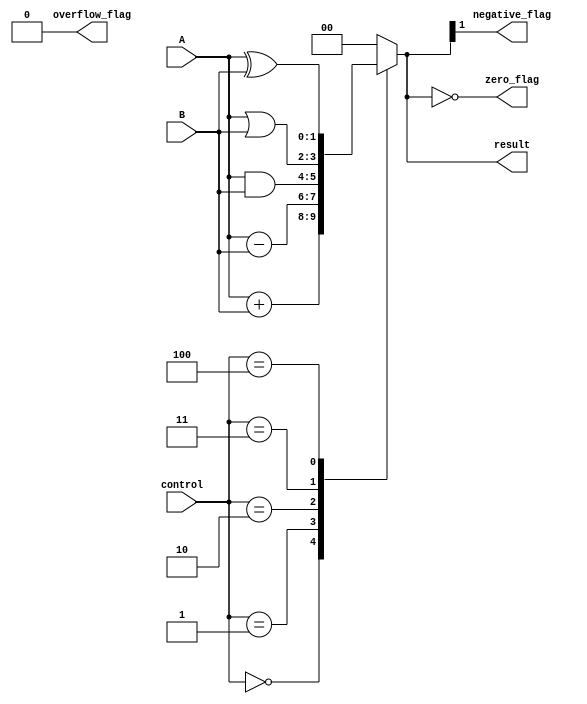
module ALU(
    input [1:0] A,
    input [1:0] B,
    input [2:0] control,
    output reg [1:0] result,
    output reg zero_flag,
    output reg negative_flag,
    output reg overflow_flag
);
    
    reg [1:0] temp_result;
    
    always @(*) begin
        case(control)
            3'b000: temp_result = A + B; // addition
            3'b001: temp_result = A - B; // subtraction
            3'b010: temp_result = A & B; // bitwise AND
            3'b011: temp_result = A | B; // bitwise OR
            3'b100: temp_result = A ^ B; // bitwise XOR
            default: temp_result = 2'b00; // default to 0
        endcase
    end
    
    always @(*) begin
        result = temp_result;
        
        zero_flag = (result == 2'b00);
        negative_flag = (result[1]);
        overflow_flag = 0; // not implemented for 1-bit size
    end

endmodule